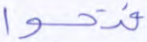
فتحوا